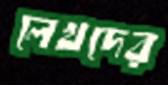
লেখদের